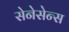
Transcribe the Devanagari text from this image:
सेनेसेन्स